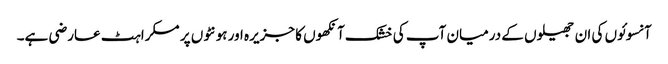
آنسوئوں کی ان جھیلوں کے درمیان آپ کی خشک آنکھوں کا جزیرہ اور ہونٹوں پر مسکراہٹ عارضی ہے۔